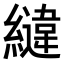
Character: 𮉏